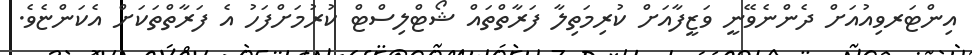
އިންޓަރވިއުއަށް ދެންނެވޭނީ ވަޒީފާއަށް ކުރިމަތިލާ ފަރާތްތައް ޝޯޓްލިސްޓް ކުރުމަށްފަހު އެ ފަރާތްތަކަށް އެކަންޏެވެ.